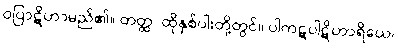
ဝပြာဋိဟာမည်၏။ တတ္ထ၊ ထိုနှစ်ပါးတို့တွင်။ ပါကဋပါဋိဟာရိယေ၊